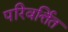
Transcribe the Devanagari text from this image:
परिवर्त्तित